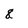
Character: 8